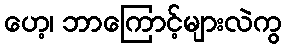
ဟေ့၊ ဘာကြောင့်များလဲကွ